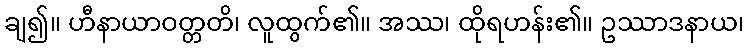
ချ၍။ ဟီနာယာဝတ္တတိ၊ လူထွက်၏။ အဿ၊ ထိုရဟန်း၏။ ဥဿာဒနာယ၊